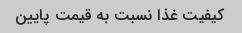
کیفیت غذا نسبت به قیمت پایین